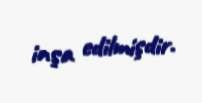
inşa edilmişdir.